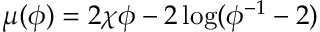
\mu ( \phi ) = 2 \chi \phi - 2 \log ( \phi ^ { - 1 } - 2 )